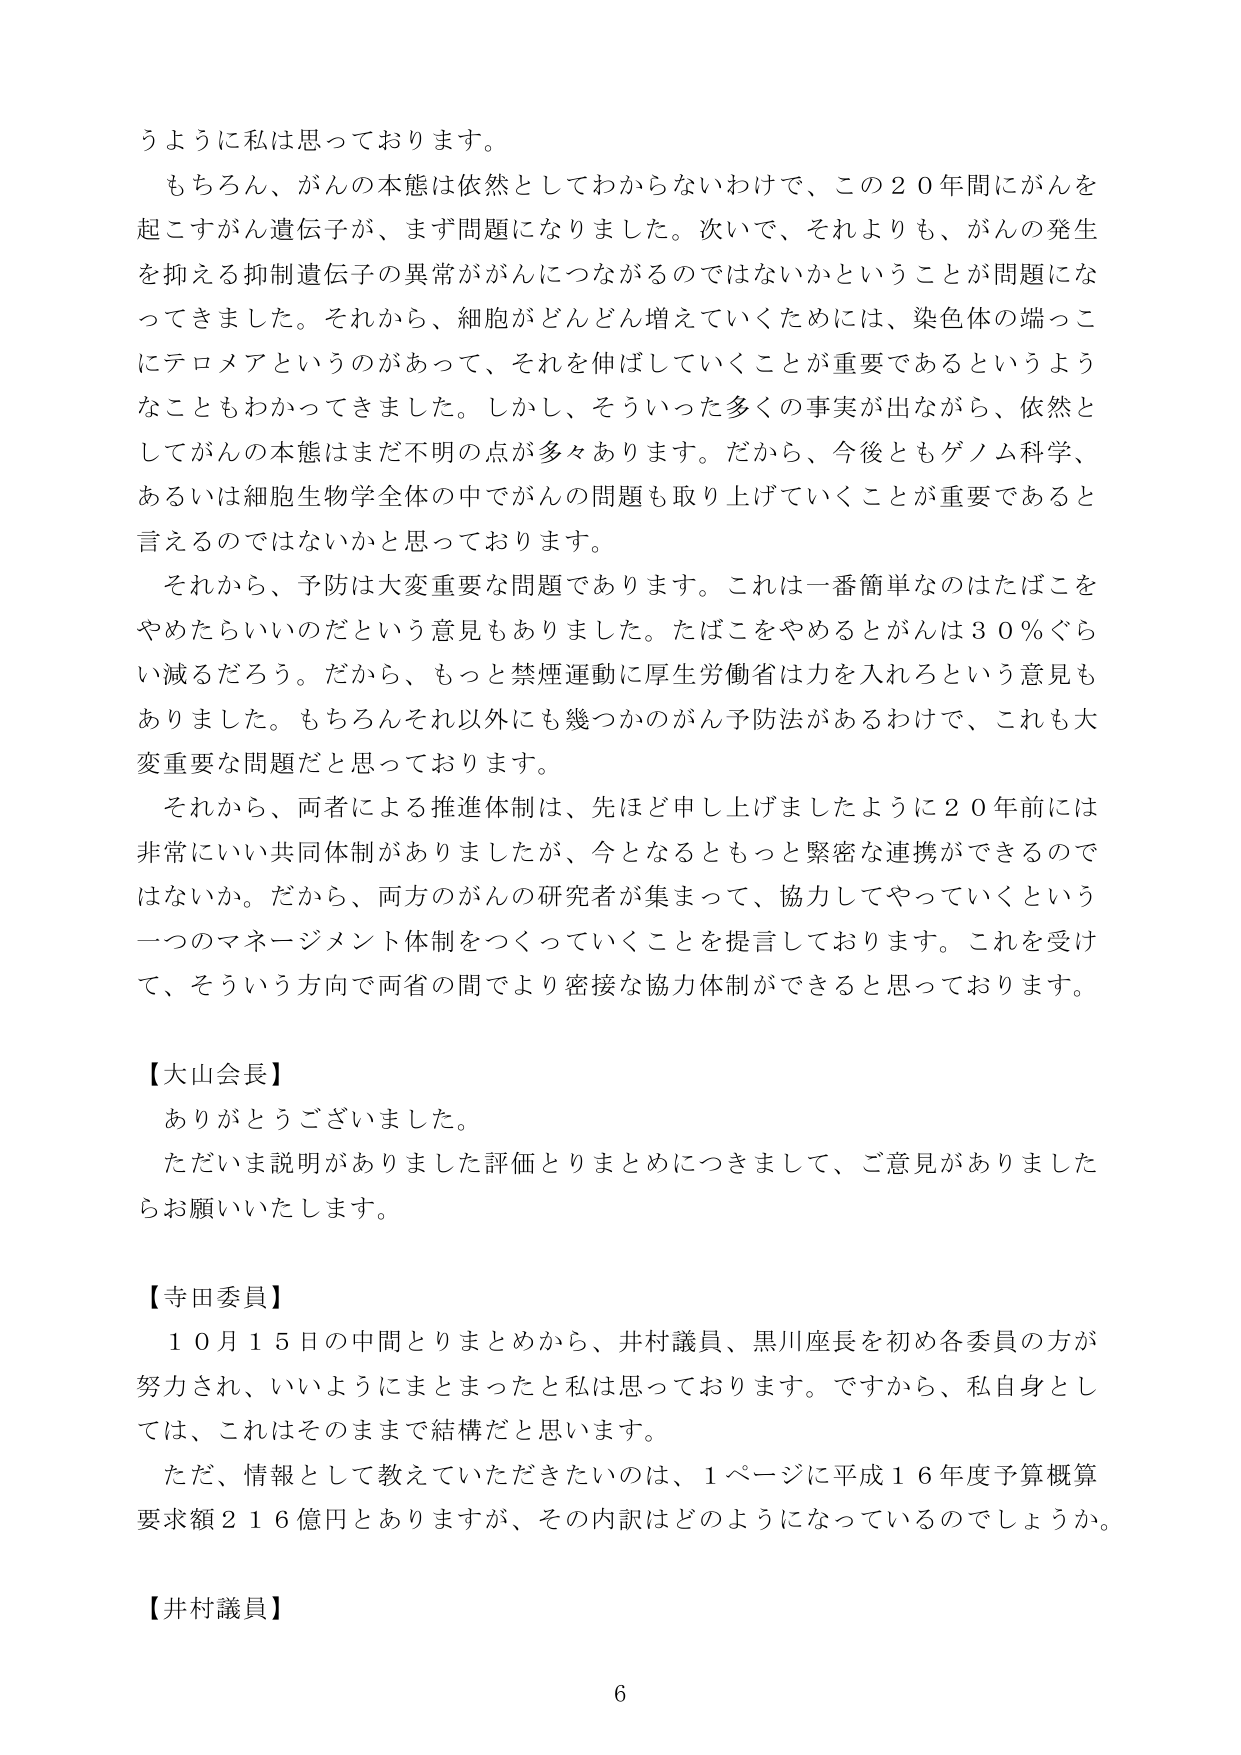
うように私は思っております。

もちろん、がんの本態は依然としてわからないわけで、この２０年間にがんを起こすがん遺伝子が、まず問題になりました。次いで、それよりも、がんの発生を抑える抑制遺伝子の異常ががんにつながるのではないかということが問題になってきました。それから、細胞がどんどん増えていくためには、染色体の端っこにテロメアというのがあって、それを伸ばしていくことが重要であるというようなこともわかってきました。しかし、そういった多くの事実が出ながら、依然としてがんの本態はまだ不明の点が多々あります。だから、今後ともゲノム科学、あるいは細胞生物学全体の中でがんの問題も取り上げていくことが重要であると言えるのではないかと思っております。

それから、予防は大変重要な問題であります。これは一番簡単なのはたばこをやめたらいいいのだという意見もありました。たばこをやめるとがんは３０％ぐらい減るだろう。だから、もっと禁煙運動に厚生労働省は力を入れろという意見もありました。もちろんそれ以外にも幾つかのがん予防法があるわけで、これも大変重要な問題だと思っております。

それから、両者による推進体制は、先ほど申し上げましたように２０年前には非常にいい共同体制がありました、今となるともっと緊密な連携ができるのではないか。だから、両方のがんの研究者が集まって、協力してやっていくという一つのマネージメント体制をつくっていくことを提言しております。これを受けて、そういう方向で両省の間でより密接な協力体制ができると思っております。

【大山会長】
ありがとうございました。
ただいま説明がありました評価とりまとめにつきまして、ご意見がありましたらお願いいたします。

【寺田委員】
１０月１５日の中間とりまとめから、井村議員、黒川座長を初め各委員の方が努力され、いいようにまとまったとは思っております。ですから、私自身としては、これはそのままで結構だと思います。
ただ、情報として教えていただきたいのは、１ページに平成１６年度予算概算要求額２１６億円とありますが、その内訳はどのようになっているのでしょうか。

【井村議員】
6